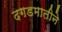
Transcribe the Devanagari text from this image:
दगडमातीने